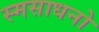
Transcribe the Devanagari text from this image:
स्मसाधनो